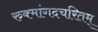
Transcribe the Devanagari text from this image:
रुक्मांगदचरितम्